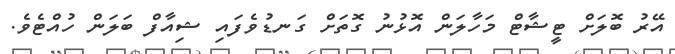
އޭރު ބޮލަށް ޓީޝާޓް މަހާލަން އޮޅުނު ގޮތަށް ގަނޑުވެފައި ޝިއާފް ބަލަން ހުއްޓެވެ.